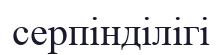
серпінділігі